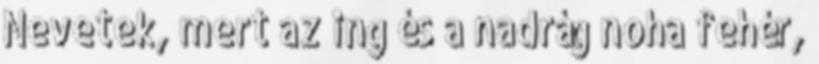
Nevetek, mert az ing és a nadrág noha fehér,